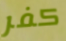
كفر